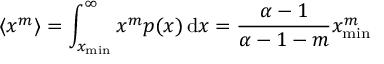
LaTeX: \langle x ^ { m } \rangle = \int _ { x _ { \operatorname* { m i n } } } ^ { \infty } x ^ { m } p ( x ) \, \mathrm { d } x = { \frac { \alpha - 1 } { \alpha - 1 - m } } x _ { \operatorname* { m i n } } ^ { m }